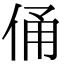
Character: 俑